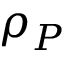
\rho _ { P }